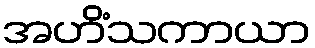
အဟိံသကာယာ